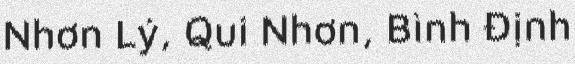
Nhơn Lý, Qui Nhơn, Bình Định